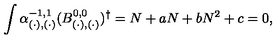
\int \alpha _ { ( \cdot ) , ( \cdot ) } ^ { - 1 , 1 } ( B _ { ( \cdot ) , ( \cdot ) } ^ { 0 , 0 } ) ^ { \dagger } = N + a N + b N ^ { 2 } + c = 0 ,